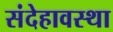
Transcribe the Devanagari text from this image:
संदेहावस्था